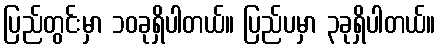
ပြည်တွင်းမှာ ၁၀ခုရှိပါတယ်။ ပြည်ပမှာ ၃ခုရှိပါတယ်။